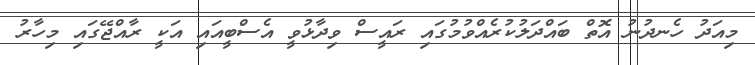
މިއަދު ހެނދުނު އޮތް ބައްދަލުކުރެއްވުމުގައި ރައީސް ވިދާޅުވީ އެސްބީއައި އަކީ ރާއްޖޭގައި މިހާރު